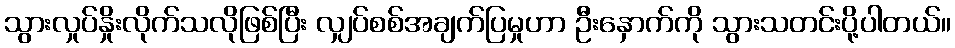
သွားလှုပ်နှိုးလိုက်သလိုဖြစ်ပြီး လျှပ်စစ်အချက်ပြမှုဟာ ဦးနှောက်ကို သွားသတင်းပို့ပါတယ်။